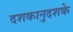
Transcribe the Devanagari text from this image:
दशकानुदशके